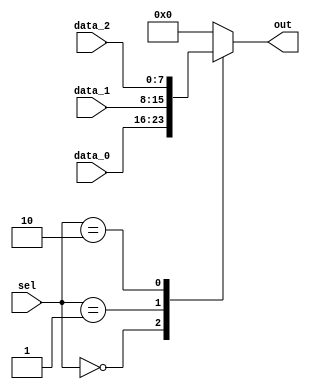
module mux
(
    input [7:0] data_0,
    input [7:0] data_1,
    input [7:0] data_2,
    input [2:0] sel,
    output reg [7:0] out
);

always @(sel)
begin
    case(sel)
        3'b000 : out <= data_0;
        3'b001 : out <= data_1;
        3'b010 : out <= data_2;
        // Add more cases for additional input signals if needed
        default : out <= 8'b0;
    endcase
end

endmodule